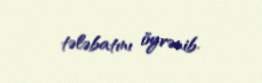
tələbatını öyrənib.